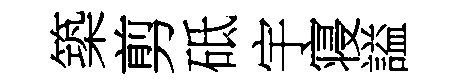
築剪砥宇寝謚